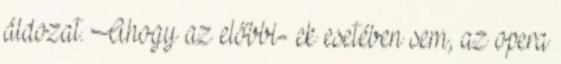
áldozat. Ahogy az előbbi- ek esetében sem, az opera